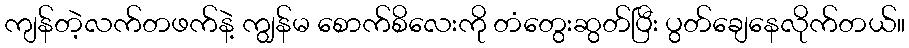
ကျန်တဲ့လက်တဖက်နဲ့ ကျွန်မ စောက်စိလေးကို တံတွေးဆွတ်ပြီး ပွတ်ချေနေလိုက်တယ်။